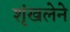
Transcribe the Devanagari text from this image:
शृंखलेने